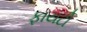
ફાયટો